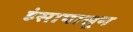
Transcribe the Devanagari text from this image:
हंसापासून